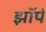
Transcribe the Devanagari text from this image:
झॉर्प